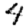
Digit: 4